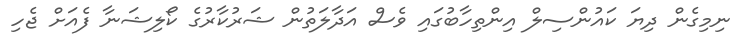
ނިމިގެން ދިޔަ ކައުންސިލް އިންތިހާބުގައި ވެސް އަދާލަތުން ޝަރުކާރުގެ ކޯލިޝަނާ ފެއަށް ޖެހި